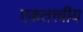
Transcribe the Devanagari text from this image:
एकतत्त्वीय